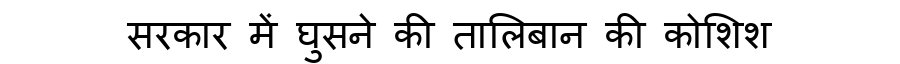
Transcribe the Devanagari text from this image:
सरकार में घुसने की तालिबान की कोशिश